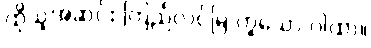
ထိုသူအဆင်း ကြည်လင်မြဲ ဟူသော ဂါထာ။